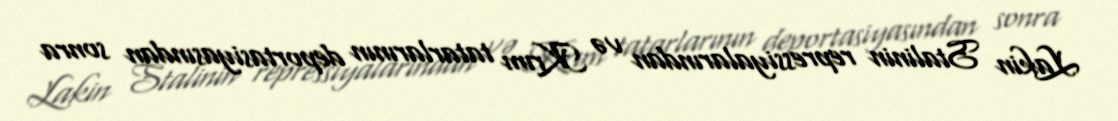
Lakin Stalinin repressiyalarından və Krım tatarlarının deportasiyasından sonra